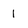
Character: 1